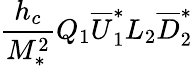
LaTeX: \frac{h_{c}}{M_{*}^{2}}Q_{1}\overline{{{U}}}_{1}^{*}L_{2}\overline{{{D}}}_{2}^{*}